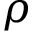
\rho